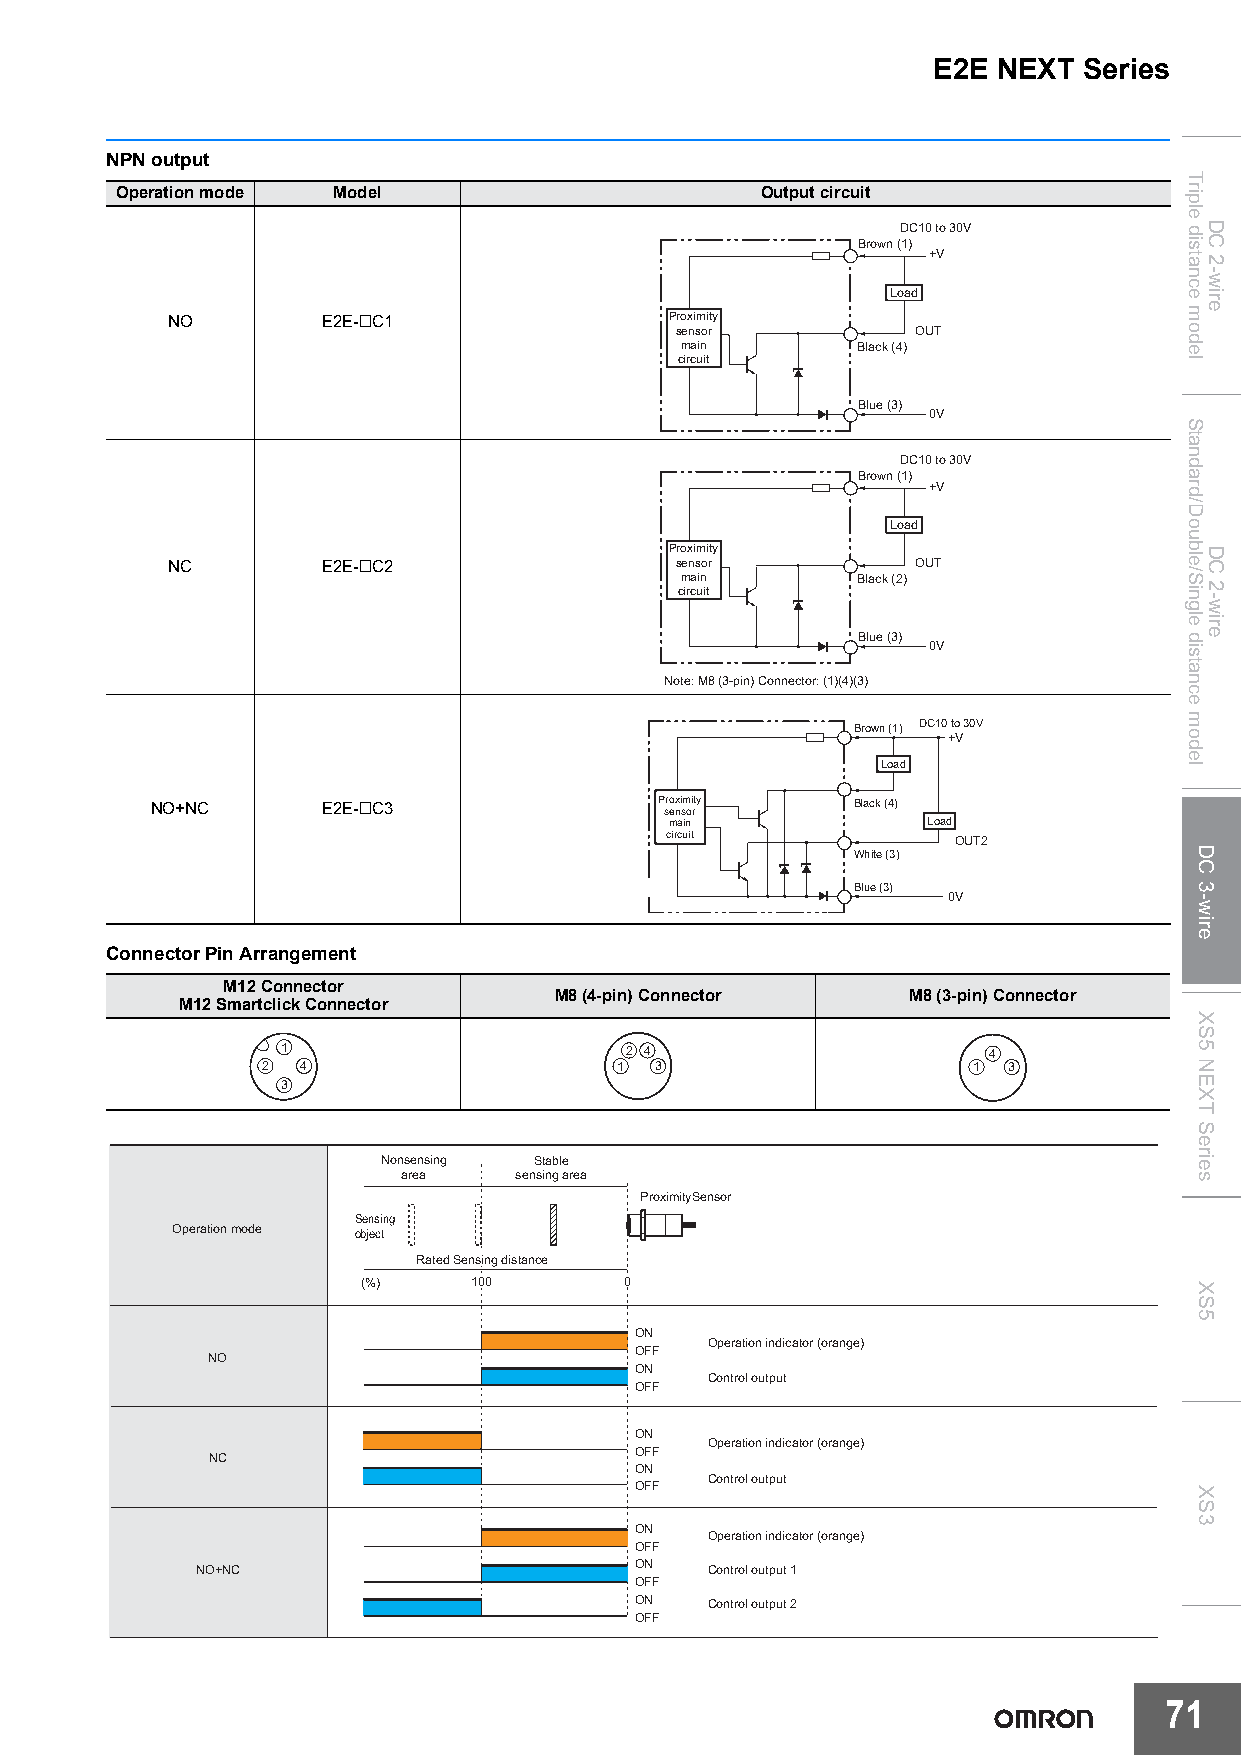
E2E NEXT  Series
 NPN output
 Operation mode Model                      Output circuit
 DC10 to 30V
 Brown (1)
 +V
 Load
 NO        E2E-@C1                Proximity
 sensor          OUT
 main        Black (4)
 circuit
 Blue (3)
 0V
 DC10 to 30V
 Brown (1)
 +V
 Load
 Proximity
 NC        E2E-@C2                 sensor          OUT
 main        Black (2)
 circuit
 Blue (3)
 0V
 Note: M8 (3-pin) Connector: (1)(4)(3)
 Brown (1) DC10 to 30V
 +V
 Load
 NO+NC      E2E-@C3                P sro ex ni sm oi rty Black (4)
 main             Load
 circuit            OUT2
 White (3)
 Blue (3)
 0V
 Connector Pin Arrangement
 M12 Connector
 M8 (4-pin) Connector   M8 (3-pin) Connector
 M12 Smartclick Connector
 1                     2 4                     4
 2  4                    1 3                    1  3
 3
 Nonsensing Stable
 area   sensing area
 ProximitySensor
 Sensing
 Operation mode object
 Rated Sensing distance
 (%)    100       0
 ON
 Operation indicator (orange)
 OFF
 NO
 ON
 Control output
 OFF
 ON
 Operation indicator (orange)
 NC                          OFF
 ON
 Control output
 OFF
 ON
 Operation indicator (orange)
 OFF
 NO+NC                        ON   Control output 1
 OFF
 ON   Control output 2
 OFF
 71
 Triple
 distance
 model
 Standard/Double/Single
 distance
 model
 DC
 3-wire
 XS5
 NEXT
 Series
 XS5
 XS3
 DC
 2-wire
 DC
 2-wire